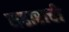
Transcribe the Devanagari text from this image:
सहाराची